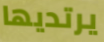
يرتديها